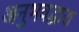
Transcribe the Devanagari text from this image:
अनुभवद्वारा